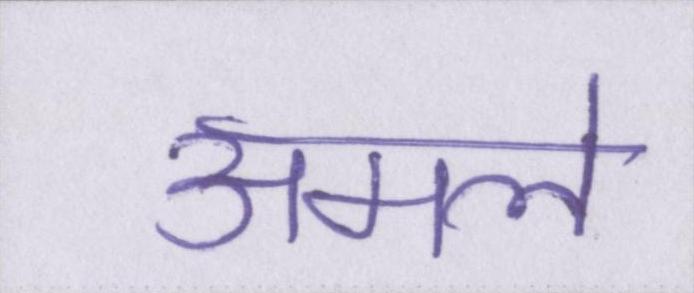
अमले